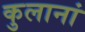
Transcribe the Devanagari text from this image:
कुलानां